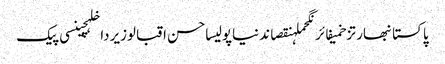
پاکستانبھارتزخمیفائرنگحملہنقصاندنیاپولیساحسن اقبالوزیرداخلہچینسی پیک